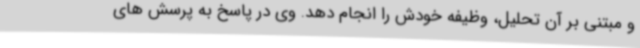
و مبتنی بر آن تحلیل، وظیفه خودش را انجام دهد. وی در پاسخ به پرسش های